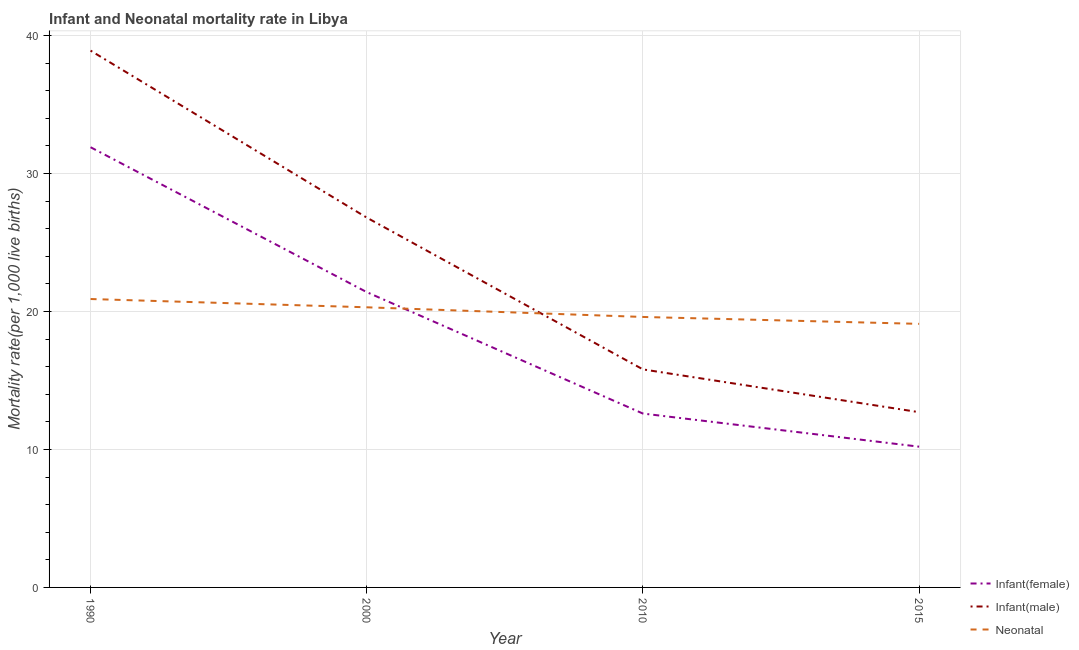
| Year | Infant(female) | Infant(male) | Neonatal  |
 | --- | --- | --- | --- |
 | 1990 | 31.9 | 38.9 | 20.9 |
 | 2000 | 21.4 | 26.8 | 20.3 |
 | 2010 | 12.6 | 15.8 | 19.6 |
 | 2015 | 10.2 | 12.7 | 19.1 |